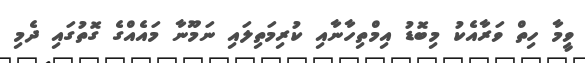
ވީމާ ހިތް ވަރާއެކު މިބޮޑު އިމްތިހާނާއި ކުރިމަތިލައި ނަމޫނާ މައެއްގެ ގޮތުގައި ދެމި